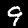
Digit: 9